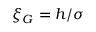
\xi _ { G } = h / \sigma